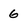
Character: 6